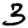
Digit: 3